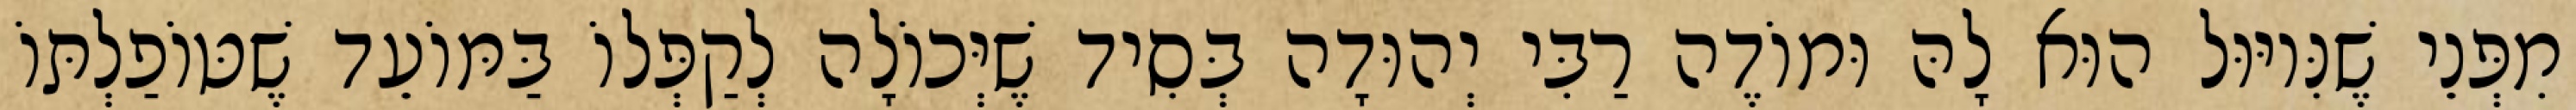
מִפְּנֵי שֶׁנִּיוּוּל הוּא לָהּ וּמוֹדֶה רַבִּי יְהוּדָה בְּסִיד שֶׁיְּכוֹלָה לְקַפְּלוֹ בַּמּוֹעֵד שֶׁטּוֹפַלְתּוֹ